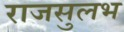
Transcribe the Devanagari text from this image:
राजसुलभ